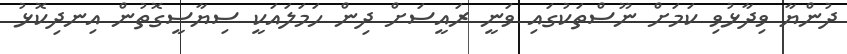
ދުންޔާ ވިދާޅުވި ކަމަށް ނޫސްތަކުގައި ވަނީ ރައީސަށް ދިން ހަމަލައަކީ ސިޔާސީގޮތުން އިނދިކޮޅު